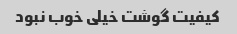
کیفیت گوشت خیلی خوب نبود